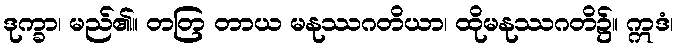
ဒုက္ခာ၊ မည်၏။ တတြ တာယ မနုဿဂတိယာ၊ ထိုမနုဿဂတိ၌။ ဣဒံ၊